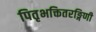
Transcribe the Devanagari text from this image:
पितृभक्तितरङ्गिणी